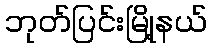
ဘုတ်ပြင်းမြို့နယ်